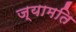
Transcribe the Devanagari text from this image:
ज्यामति